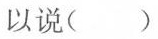
以说（）